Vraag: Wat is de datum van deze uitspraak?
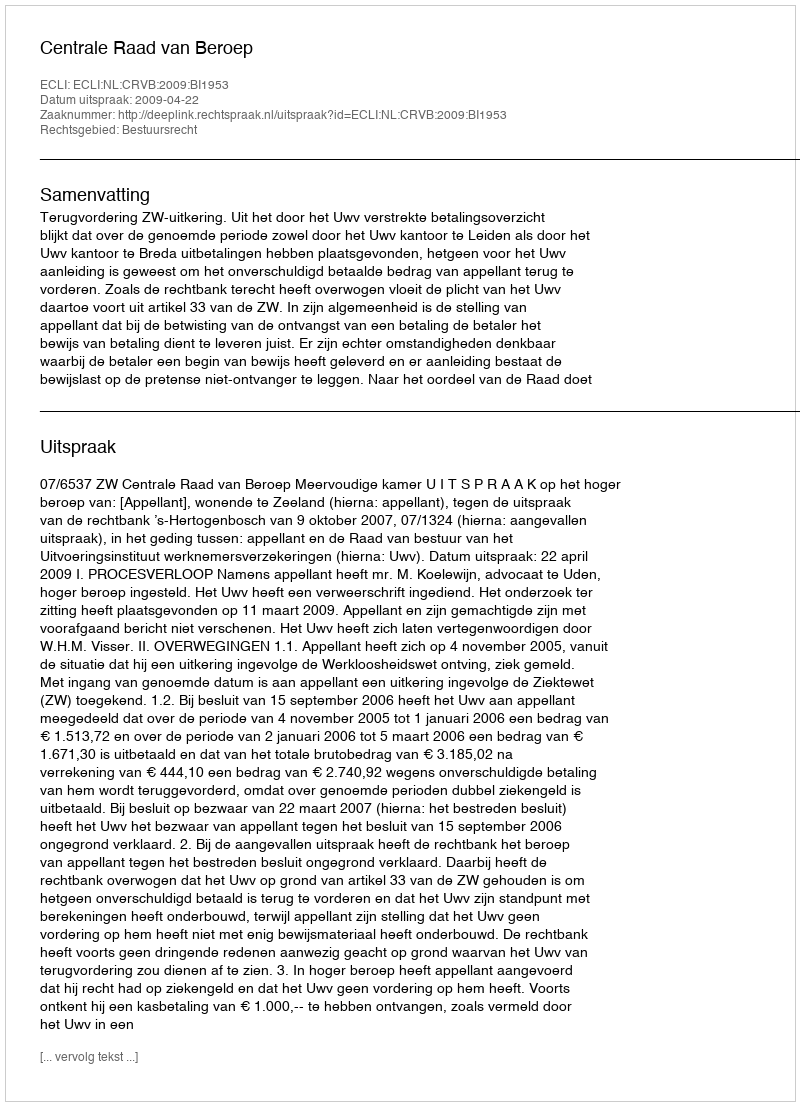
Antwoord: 2009-04-22